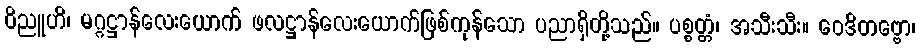
ဝိညူဟိ၊ မဂ္ဂဋ္ဌာန်လေးယောက် ဖလဋ္ဌာန်လေးယောက်ဖြစ်ကုန်သော ပညာရှိတို့သည်။ ပစ္စတ္တံ၊ အသီးသီး။ ဝေဒိတဗ္ဗော၊